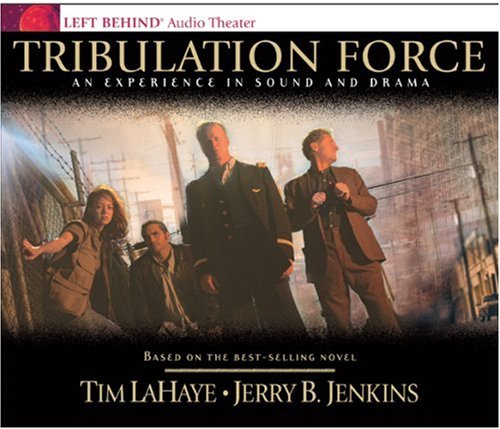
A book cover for Tribulation Force: An Experience in Sound and Drama (CD audio); Tim LaHaye; Christian Books & Bibles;